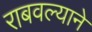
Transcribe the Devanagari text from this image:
राबवल्याने